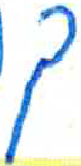
אות: ך